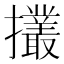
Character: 𢹸